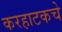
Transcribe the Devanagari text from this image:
करहाटकचे